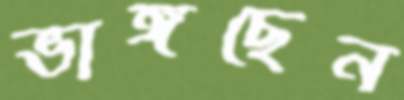
ভাঙ্গছেন